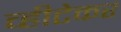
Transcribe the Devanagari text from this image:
व्हीटेकर